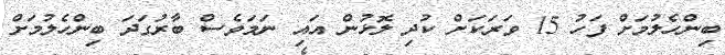
ބިންހެލުމަށް ފަހު 15 ވަރަކަށް ކުދި ލޮޅުން އައި ނަމަވެސް ބާރުގަދަ ބިންހެލުމަށް